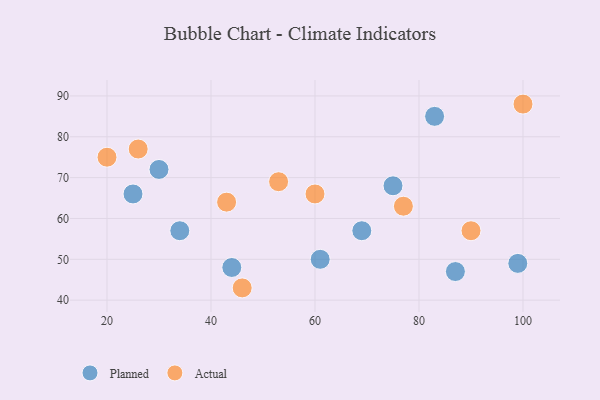
{"axis": {"x": "GDP", "y": "Life Expectancy"}, "legend": ["Actual", "Planned"], "data": [{"x": "25", "y": 66, "type": "Planned"}, {"x": "75", "y": 68, "type": "Planned"}, {"x": "69", "y": 57, "type": "Planned"}, {"x": "44", "y": 48, "type": "Planned"}, {"x": "83", "y": 85, "type": "Planned"}, {"x": "61", "y": 50, "type": "Planned"}, {"x": "99", "y": 49, "type": "Planned"}, {"x": "30", "y": 72, "type": "Planned"}, {"x": "34", "y": 57, "type": "Planned"}, {"x": "87", "y": 47, "type": "Planned"}, {"x": "77", "y": 63, "type": "Actual"}, {"x": "53", "y": 69, "type": "Actual"}, {"x": "43", "y": 64, "type": "Actual"}, {"x": "26", "y": 77, "type": "Actual"}, {"x": "60", "y": 66, "type": "Actual"}, {"x": "100", "y": 88, "type": "Actual"}, {"x": "46", "y": 43, "type": "Actual"}, {"x": "20", "y": 75, "type": "Actual"}, {"x": "90", "y": 57, "type": "Actual"}]}